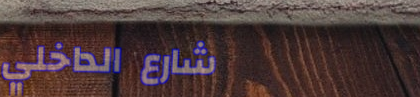
شارع الداخلي